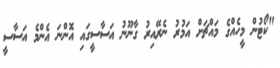
"ކޯޓުން މީހެއްގެ މައްޗަށް އަމުރު ނެރޭއިރު ގާނޫނު އަސާސީގައި އޮންނަ އެންމެ އަސާސީ